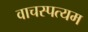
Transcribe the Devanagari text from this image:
वाचस्पत्यम